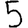
Digit: 5